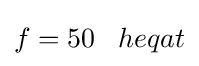
f=50\;\;\;heqat